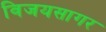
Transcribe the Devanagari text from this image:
विजयसागर